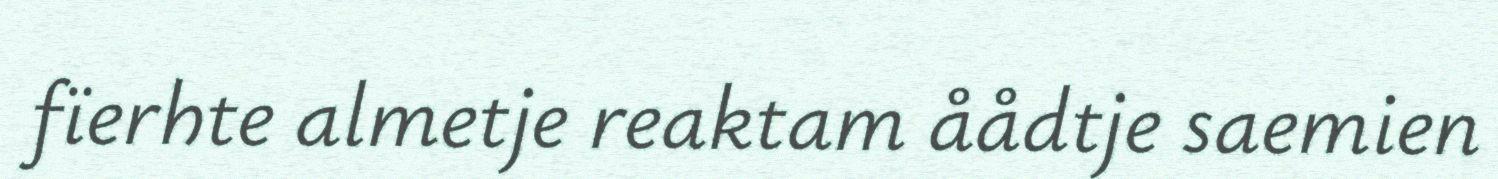
fïerhte almetje reaktam åådtje saemien